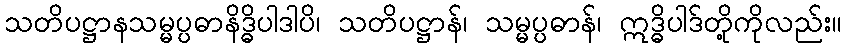
သတိပဋ္ဌာနသမ္မပ္ပဓာနိဒ္ဓိပါဒါပိ၊ သတိပဋ္ဌာန်၊ သမ္မပ္ပဓာန်၊ ဣဒ္ဓိပါဒ်တို့ကိုလည်း။